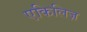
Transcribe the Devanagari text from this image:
एकिलिज़